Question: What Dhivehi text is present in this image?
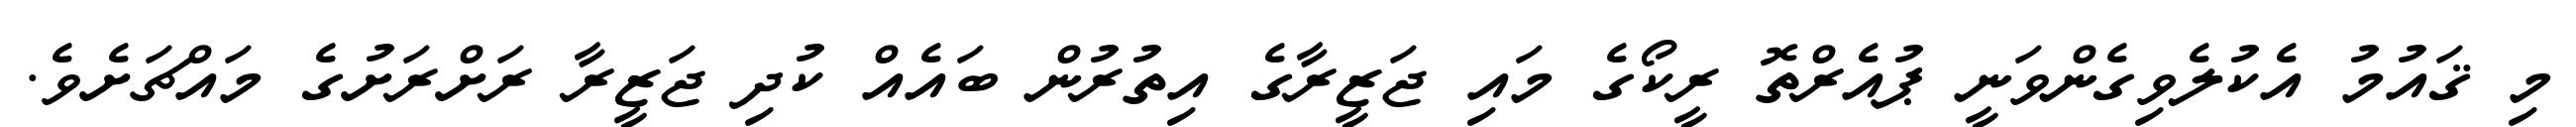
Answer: މި ޤައުމު އެކުލެވިގެންވަނީ ޕުއެރްތޮ ރީކޯގެ މައި ޖަޒީރާގެ އިތުރުން ބައެއް ކުދި ޖަޒީރާ ރަށްރަށުގެ މައްޗަށެވެ.